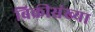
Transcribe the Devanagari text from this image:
बिक्रीसंख्या